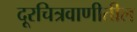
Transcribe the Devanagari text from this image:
दूरचित्रवाणीतील